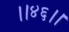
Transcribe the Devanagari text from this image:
।।४६।।